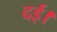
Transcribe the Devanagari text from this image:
दई।